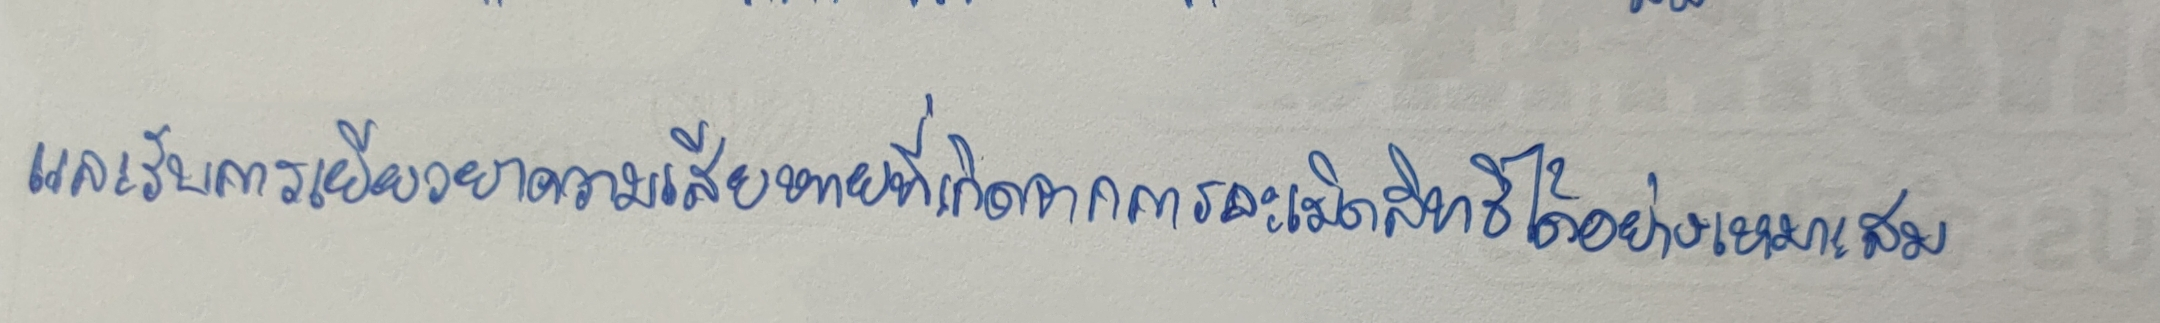
และรับการเยียวยาความเสียหายที่เกิดจากการละเมิดสิทธิได้อย่างเหมาะสม